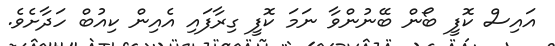
އައިސް ކޮފީ ބޯން ބޭނުންވާ ނަމަ ކޮފީ ގިރާފައި އެއިން ކިއުބް ހަދާށެވެ.